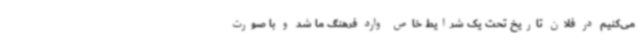
می‌کنیم در فلان تاریخ تحت یک شرایط خاص وارد فرهنگ ما شد و با صورت